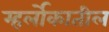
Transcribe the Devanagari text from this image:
म्हर्लोकातील